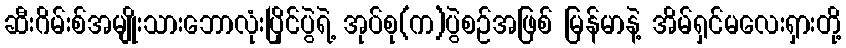
ဆီးဂိမ်းစ်အမျိုးသားဘောလုံးပြိုင်ပွဲရဲ့ အုပ်စု(က)ပွဲစဉ်အဖြစ် မြန်မာနဲ့ အိမ်ရှင်မလေးရှားတို့